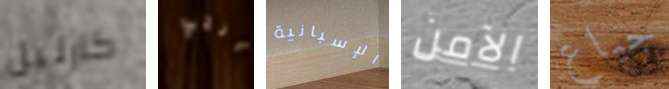
كارليل التي الإسبانية الآمن جياع